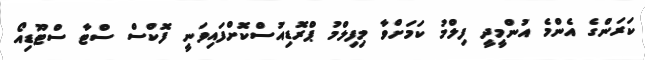
ކަރަންގެ އެންމެ އުންމީދީ ފިލްމު ކަމަށްވާ މިފިލްމު ޕްރޮޑިއުސްކޮށްފައިވަނީ ފޮކްސް ސްޓާ ސްޓޫޑިއޯ